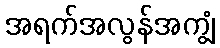
အရက်အလွန်အကျွံ